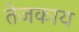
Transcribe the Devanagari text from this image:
तेजकाय